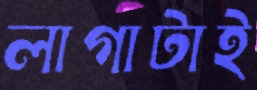
লাগাটাই